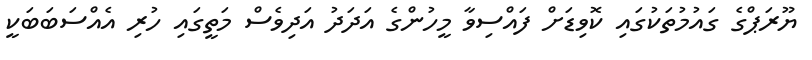
ޔޫރަޕްގެ ގައުމުތަކުގައި ކޮވިޑަށް ފައްސިވާ މީހުންގެ އަދަދު އަދިވެސް މަތީގައި ހުރި އެއްސަބަބަކީ